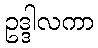
ဥဒ္ဒါလကာ